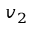
\boldsymbol { v } _ { 2 }